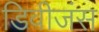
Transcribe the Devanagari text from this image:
डिवीजंस